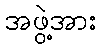
အဖွဲ့အား